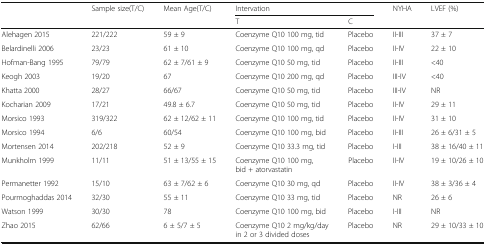
|  | Sample size(T/C) | Mean Age(T/C) | <COLSPAN=2> Intervation | NYHA | LVEF (%) |
 |  |  |  | T | C |  |  |
 | --- | --- | --- | --- | --- | --- | --- |
 | Alehagen 2015 | 221/222 | 59 ± 9 | Coenzyme Q10 100 mg, tid | Placebo | II-III | 37 ± 7 |
 | Belardinelli 2006 | 23/23 | 61 ± 10 | Coenzyme Q10 100 mg, qd | Placebo | II-IV | 22 ± 10 |
 | Hofman-Bang 1995 | 79/79 | 62 ± 7/61 ± 9 | Coenzyme Q10 50 mg, tid | Placebo | II-III | <40 |
 | Keogh 2003 | 19/20 | 67 | Coenzyme Q10 200 mg, qd | Placebo | III-IV | <40 |
 | Khatta 2000 | 28/27 | 66/67 | Coenzyme Q10 50 mg, tid | Placebo | III-IV | NR |
 | Kocharian 2009 | 17/21 | 49.8 ± 6.7 | Coenzyme Q10 50 mg, tid | Placebo | II-IV | 29 ± 11 |
 | Morsico 1993 | 319/322 | 62 ± 12/62 ± 11 | Coenzyme Q10 100 mg, tid | Placebo | II-IV | 31 ± 10 |
 | Morsico 1994 | 6/6 | 60/54 | Coenzyme Q10 100 mg, bid | Placebo | II-III | 26 ± 6/31 ± 5 |
 | Mortensen 2014 | 202/218 | 52 ± 9 | Coenzyme Q10 33.3 mg, tid | Placebo | I-III | 38 ± 16/40 ± 11 |
 | Munkholm 1999 | 11/11 | 51 ± 13/55 ± 15 | Coenzyme Q10 100 mg, bid + atorvastatin | Placebo | II-IV | 19 ± 10/26 ± 10 |
 | Permanetter 1992 | 15/10 | 63 ± 7/62 ± 6 | Coenzyme Q10 30 mg, qd | Placebo | II-IV | 38 ± 3/36 ± 4 |
 | Pourmoghaddas 2014 | 32/30 | 55 ± 11 | Coenzyme Q10 33 mg, tid | Placebo | NR | 26 ± 6 |
 | Watson 1999 | 30/30 | 78 | Coenzyme Q10 100 mg, bid | Placebo | I-III | NR |
 | Zhao 2015 | 62/66 | 6 ± 5/7 ± 5 | Coenzyme Q10 2 mg/kg/day in 2 or 3 divided doses | Placebo | NR | 29 ± 10/33 ± 10 |